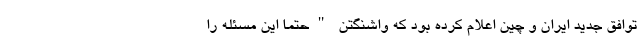
توافق جدید ایران و چین اعلام کرده بود که واشنگتن "حتما این مسئله را